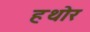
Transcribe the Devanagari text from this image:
हथोर